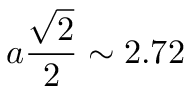
a \frac { \sqrt { 2 } } { 2 } \sim 2 . 7 2